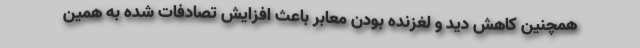
همچنین کاهش دید و لغزنده بودن معابر باعث افزایش تصادفات شده به همین